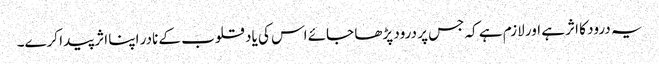
یہ درود کا اثر ہے اور لازم ہے کہ جس پر درود پڑھا جائے اس کی یاد قلوب کے نادر اپنا اثر پیدا کرے۔